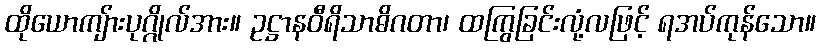
ထိုယောကျ်ားပုဂ္ဂိုလ်အား။ ဥဋ္ဌာနဝီရိသာဓိဂတာ၊ ထကြွခြင်းလုံ့လဖြင့် ရအပ်ကုန်သော။